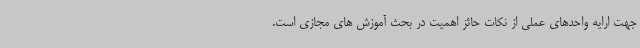
جهت ارایه واحدهای عملی از نکات حائز اهمیت در بحث آموزش های مجازی است.